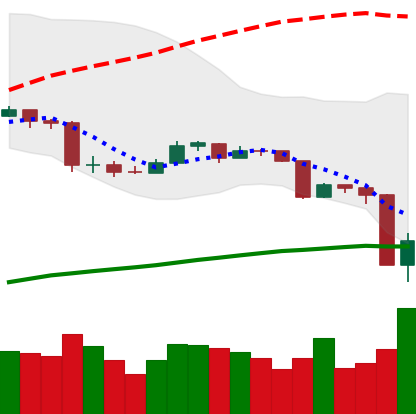
Ticker: ETC-USD
Chart end date: 2020-03-13
Forward return: -7.705%
Label: down_7plus